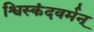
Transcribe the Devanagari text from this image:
श्विस्कंदवर्मन्